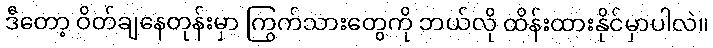
ဒီတော့ ဝိတ်ချနေတုန်းမှာ ကြွက်သားတွေကို ဘယ်လို ထိန်းထားနိုင်မှာပါလဲ။